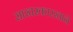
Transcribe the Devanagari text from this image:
साखरकारखाने